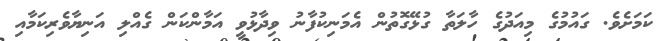
ކަމަށެވެ. ގައުމުގެ މިއަދުގެ ހާލަަތާ ގުޅޭގޮތުން އެމަނިކުފާނު ވިދާޅުވީ އަމާންކަން ގެއްލި އަނިޔާވެރިކަމާއި